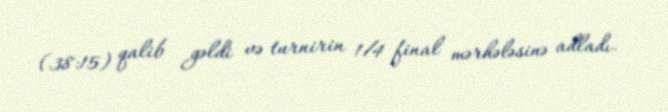
(38:15) qalib gəldi və turnirin 1/4 final mərhələsinə adladı.